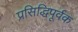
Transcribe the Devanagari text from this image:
प्रसिद्धिपूर्वक